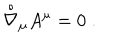
{ \stackrel { \circ } { \nabla } } { } _ { \mu } A ^ { \mu } = 0 \; .